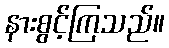
နားစွင့်ကြသည်။